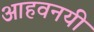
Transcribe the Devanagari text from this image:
आहवनयी